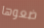
ضعوها